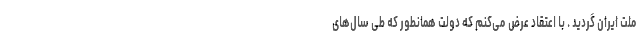
ملت ایران گردید . با اعتقاد عرض می‌کنم که دولت همانطور که طی سال‌های